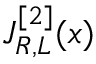
J _ { R , L } ^ { [ 2 ] } ( x )